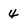
Character: 4